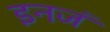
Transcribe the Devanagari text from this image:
इनजं